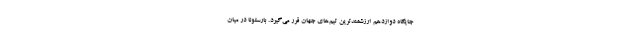
جایگاه دوازدهم ارزشمندترین تیم‌های جهان قرر می‌گیرد. بارسلونا در میان